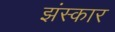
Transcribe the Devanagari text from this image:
झंस्कार